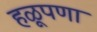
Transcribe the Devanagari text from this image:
हळूपणा